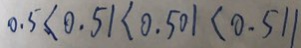
0 . 5 < 0 . 5 1 < 0 . 5 0 1 < 0 . 5 1 1